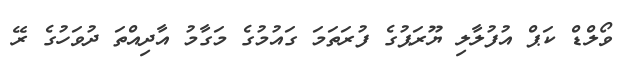
ވޯލްޑް ކަޕް އުފުލާލި ޔޫރަޕުގެ ފުރަތަމަ ގައުމުގެ މަގާމު އާދިއްތަ ދުވަހުގެ ރޭ